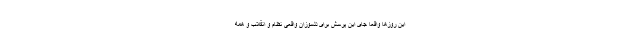
این روزها واقعا جای این پرسش برای دلسوزان واقعی نظام و انقلاب و همه